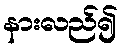
နားလည်၍